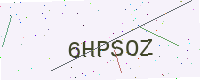
Text: 6HPSOZ